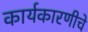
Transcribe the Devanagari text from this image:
कार्यकारणीचे